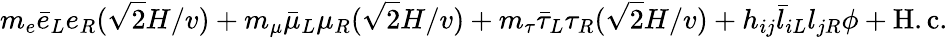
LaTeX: m_{e}\bar{e}_{L}e_{R}(\sqrt{2}H/v)+m_{\mu}\bar{\mu}_{L}\mu_{R}(\sqrt{2}H/v)+m_{\tau}\bar{\tau}_{L}\tau_{R}(\sqrt{2}H/v)+h_{ij}\bar{l}_{iL}l_{jR}\phi+\mathrm{H.c.}